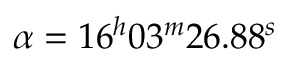
\alpha = 1 6 ^ { h } 0 3 ^ { m } 2 6 . 8 8 ^ { s }